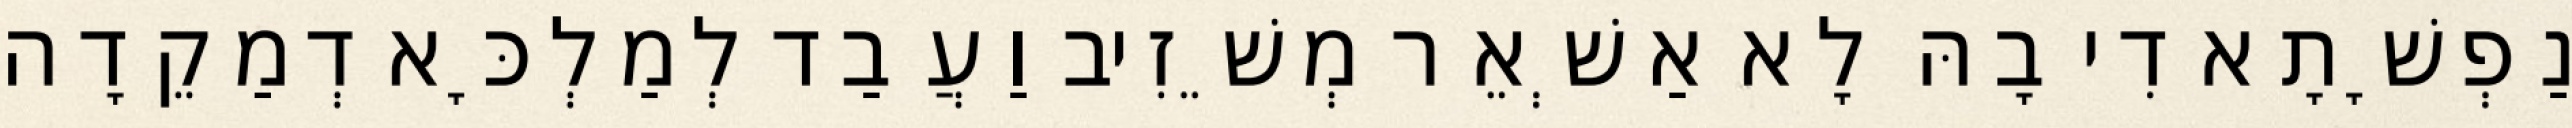
נַפְשָׁתָא דִי בָהּ לָא אַשְׁאֵר מְשֵׁזִיב וַעֲבַד לְמַלְכָּא דְמַקֵדָה